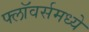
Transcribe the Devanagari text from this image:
फ्लॉवर्समध्ये